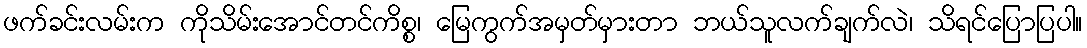
ဖက်ခင်းလမ်းက ကိုသိမ်းအောင်တင်ကိစ္စ၊ မြေကွက်အမှတ်မှားတာ ဘယ်သူလက်ချက်လဲ၊ သိရင်ပြောပြပါ။